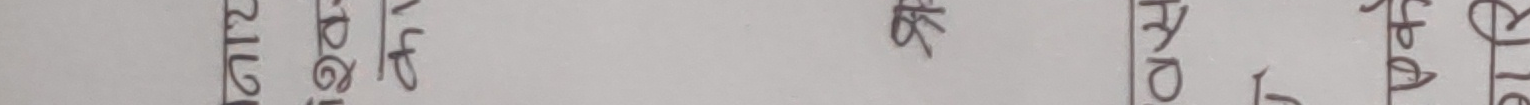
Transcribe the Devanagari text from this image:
सर्जनेसी